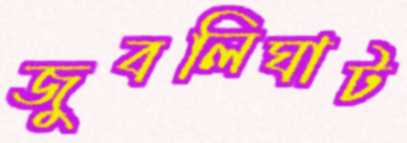
জুবলিঘাট